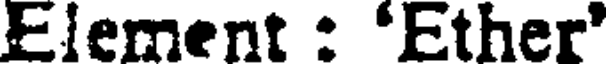
Element : 'Ether'